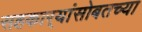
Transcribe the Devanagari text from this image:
सहकार्‍यांसोबतच्या